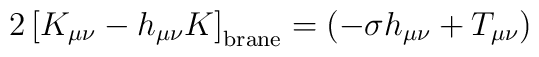
2 \left[ K_{\mu\nu} - h_{\mu\nu} K \right]_{\rm{brane}} = \left( - \sigma h_{\mu\nu} + T_{\mu\nu} \right)